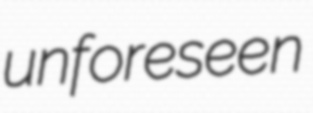
unforeseen